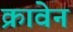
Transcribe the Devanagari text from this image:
क्रावेन